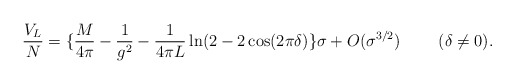
\begin{align*}\frac{V_L}{N}=\{\frac{M}{4\pi}-\frac{1}{g^2}-\frac{1}{4\pi L}\ln(2-2\cos(2\pi\delta)\} \sigma +O(\sigma^{3/2})~~~~~~~(\delta\neq 0).\end{align*}